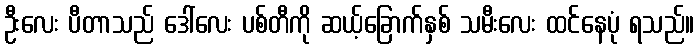
ဦးလေး ပီတာသည် ဒေါ်လေး ပစ်တီကို ဆယ့်ခြောက်နှစ် သမီးလေး ထင်နေပုံ ရသည်။